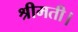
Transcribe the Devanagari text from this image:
श्रीमती।